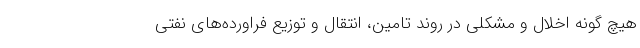
هیچ گونه اخلال و مشکلی در روند تامین، انتقال و توزیع فراورده‌های نفتی